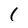
Character: I